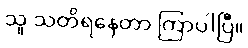
သူ သတိရနေတာ ကြာပါပြီ။